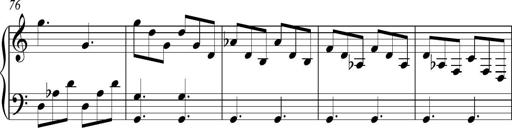
Title: Piano Sonatina in C
Composer: Daniel LÃ©o Simpson
Key: C major